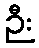
ဉီး